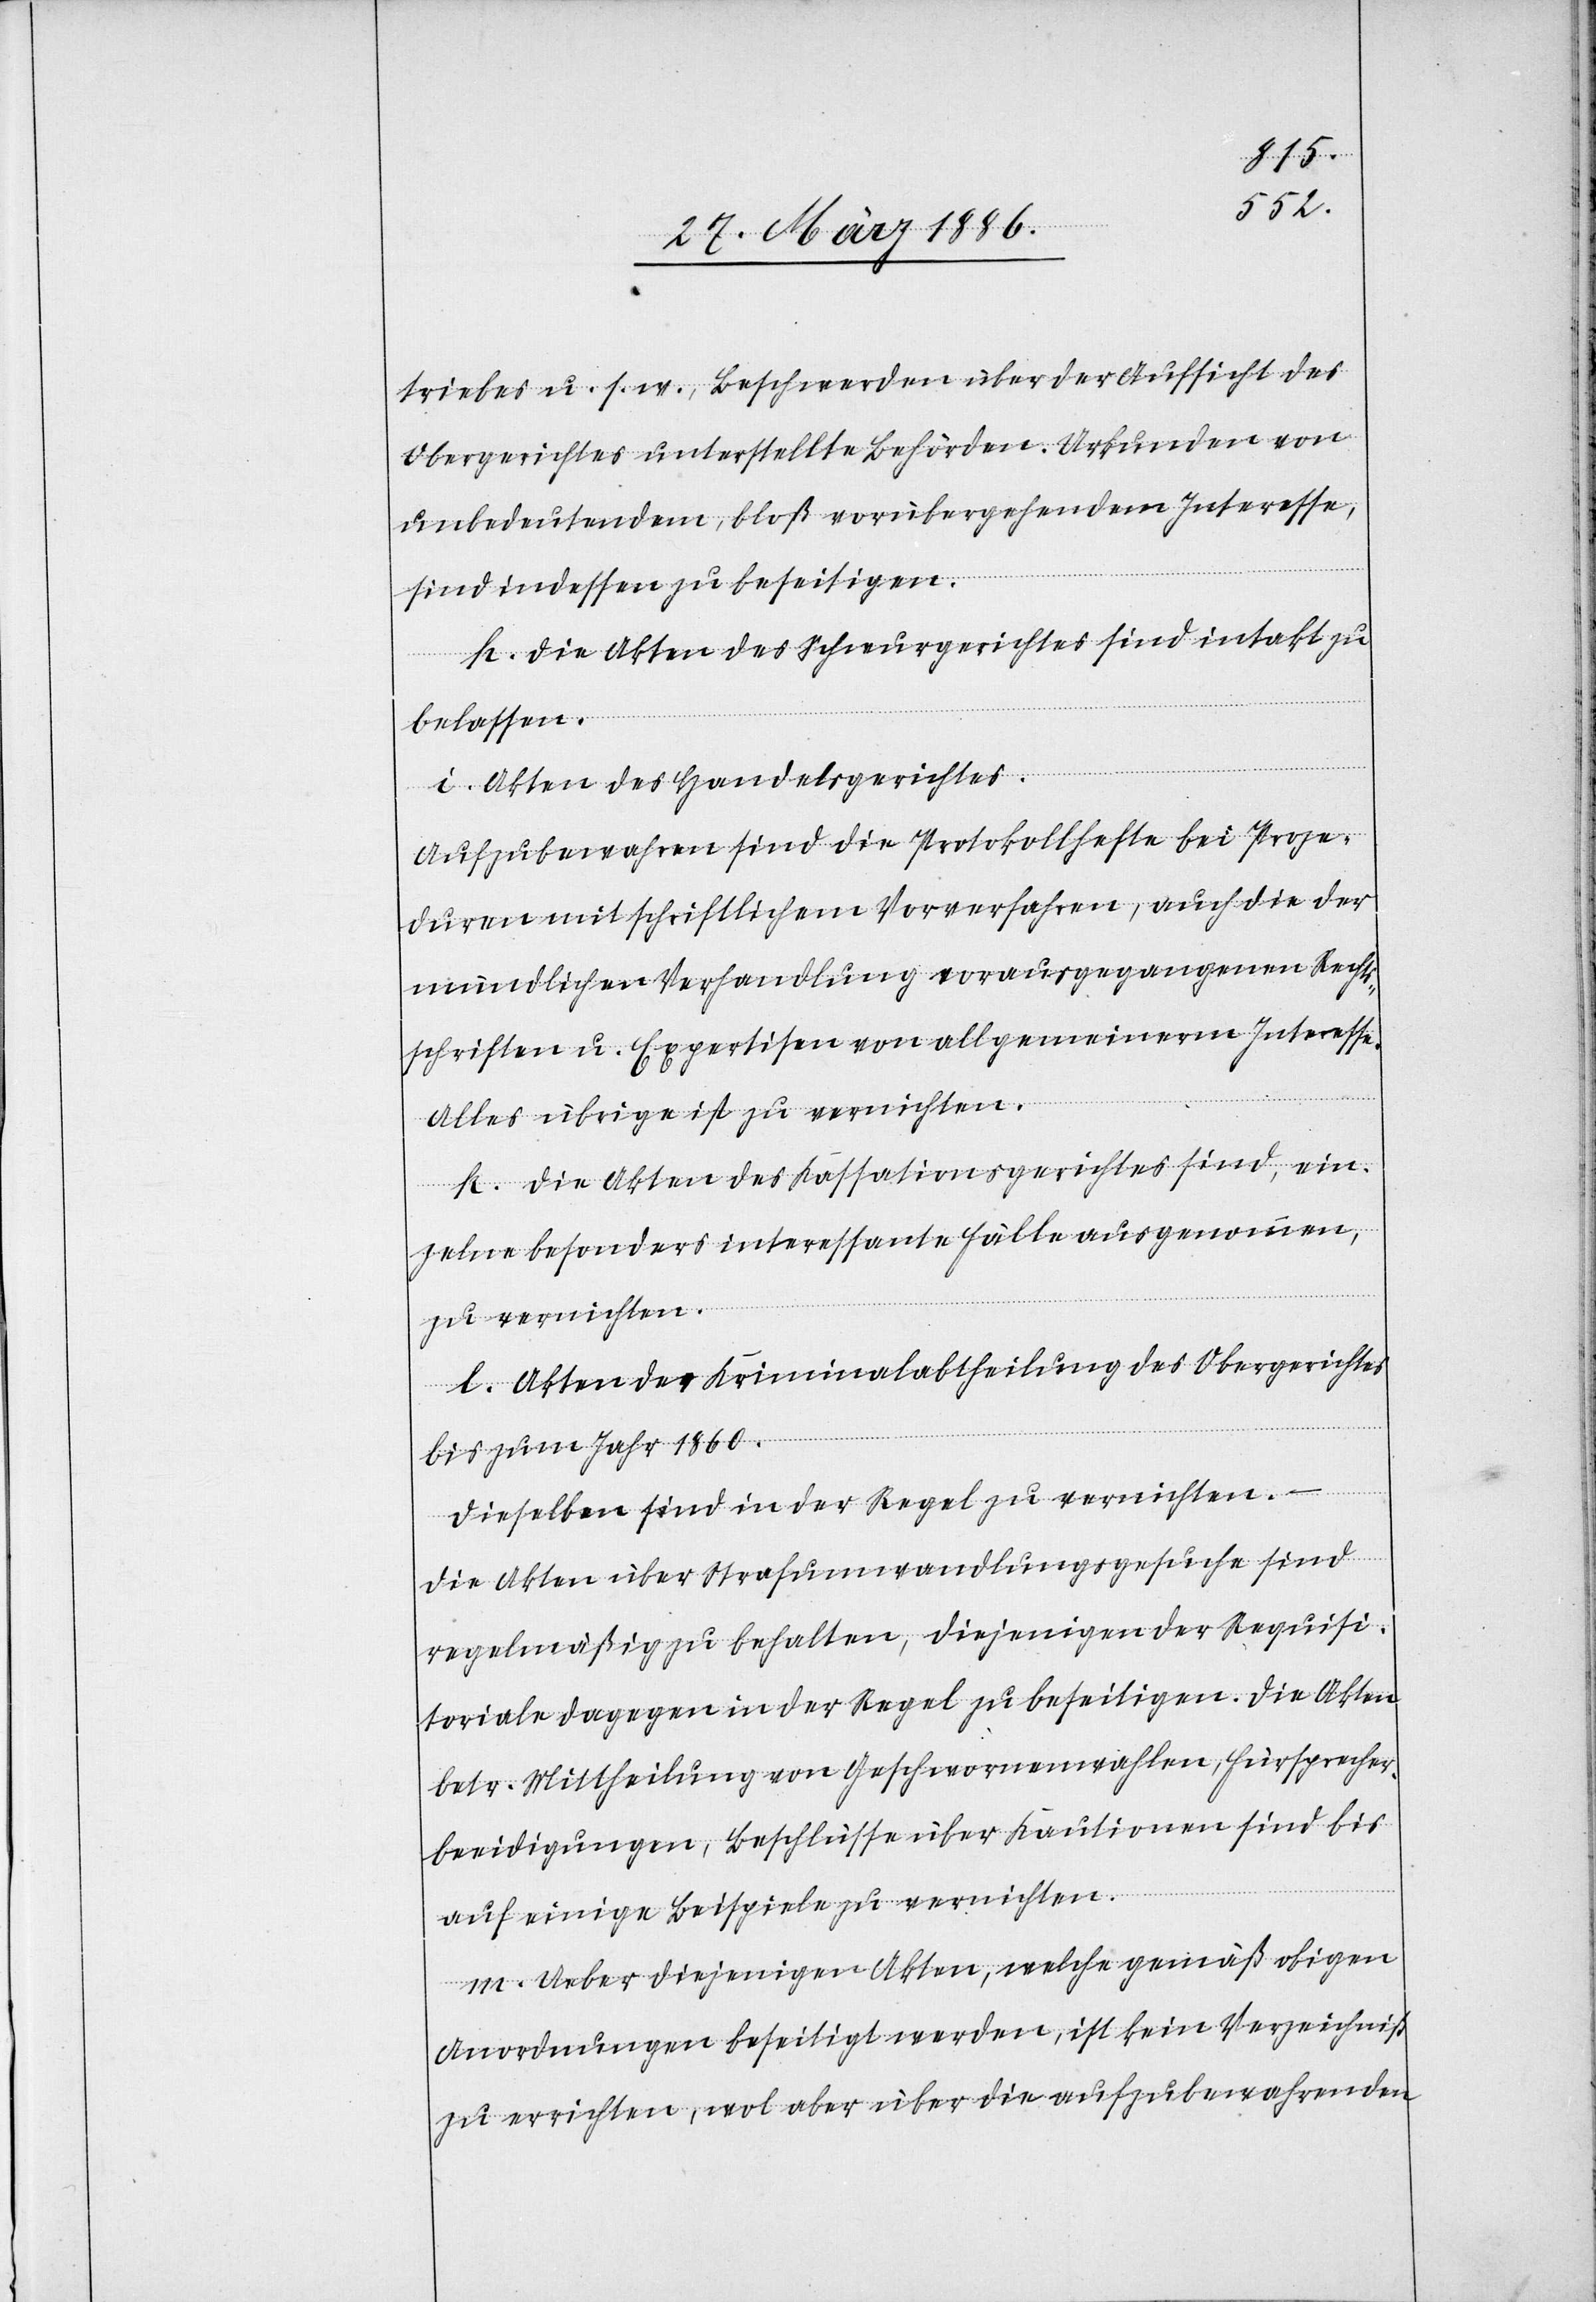
triebes u. s. w., Beschwerde über der Aufsicht des
Obergerichtes unterstellte Behörden. Urkunden von
unbedeutendem, bloß vorübergehendem Interesse,
sind indessen zu beseitigen.
h). Die Akten des Schwurgerichtes sind intakt zu
belassen.
i). Akten des Handelsgerichtes.
Aufzubewahren sind die Protokollhefte bei Proze¬
duren mit schriftlichem Vorverfahren, auch die der
mündlichen Verhandlung vorausgegangenen Rechts¬
schriften u. Expertisen von allgemeinerem Interesse.
Alles übrige ist zu vernichten.
k). Die Akten des Kassationsgerichtes sind, ein¬
zelne besonders interessante Fälle ausgenommen,
zu vernichten.
l). Akten der Kriminalabtheilung des Obergerichtes
bis zum Jahr 1860.
Dieselben sind in der Regel zu vernichten. –
Die Akten über Strafumwandlungsgesuche sind
regelmäßig zu behalten, diejenigen der Requisi¬
toriale dagegen in der Regel zu beseitigen. Die Akten
betr. Mittheilung von Geschwornenwahlen, Fürsprecher¬
beeidigungen, Beschlüsse über Kautionen sind bis
auf einige Beispiele zu vernichten.
m). Ueber diejenigen Akten, welche gemäß obigen
Anordnungen beseitig werden, ist kein Verzeichniß
zu errichten, wol aber über die aufzubewahrenden